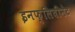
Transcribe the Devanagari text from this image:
इनफ्लिबीनेट